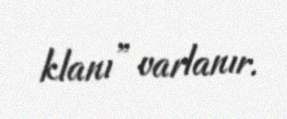
klanı” varlanır.